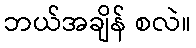
ဘယ်အချိန် စလဲ။